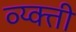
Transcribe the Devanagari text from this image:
व्य्क्ती